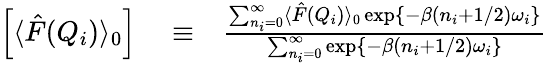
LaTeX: \begin{array}{rlr}{\left[\langle\hat{F}(Q_{i})\rangle_{0}\right]}&{{}\equiv}&{\frac{\sum_{n_{i}=0}^{\infty}\langle\hat{F}(Q_{i})\rangle_{0}\exp\left\{ -\beta(n_{i}+1/2)\omega_{i}\right\} }{\sum_{n_{i}=0}^{\infty}\exp\left\{ -\beta(n_{i}+1/2)\omega_{i}\right\} }}\end{array}